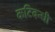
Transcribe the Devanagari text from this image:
कटिबन्धी